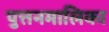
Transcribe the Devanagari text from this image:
पुत्तनमालिका